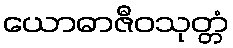
ယောဓာဇီဝသုတ္တံ